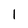
Character: 1